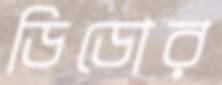
ডিডোর